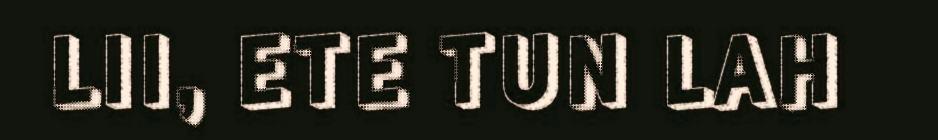
LII, ETE TUN LAH